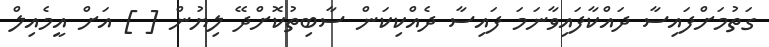
ގަތުމަށްފައިސާ ދައްކާފައިވާނަމަ ފައިސާ ދެއްކިކަން ސާބިތުކޮށްދޭ ލިޔުން [ ] އަށް އީމެއިލް